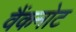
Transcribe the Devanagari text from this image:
वैंकनोट